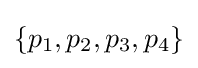
\{p_{1},p_{2},p_{3},p_{4}\}